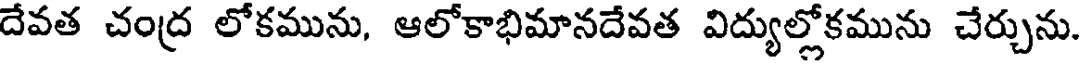
దేవత చంద్ర లోకమును, ఆలోకాభిమానదేవత విద్యుల్లోకమును చేర్చును.